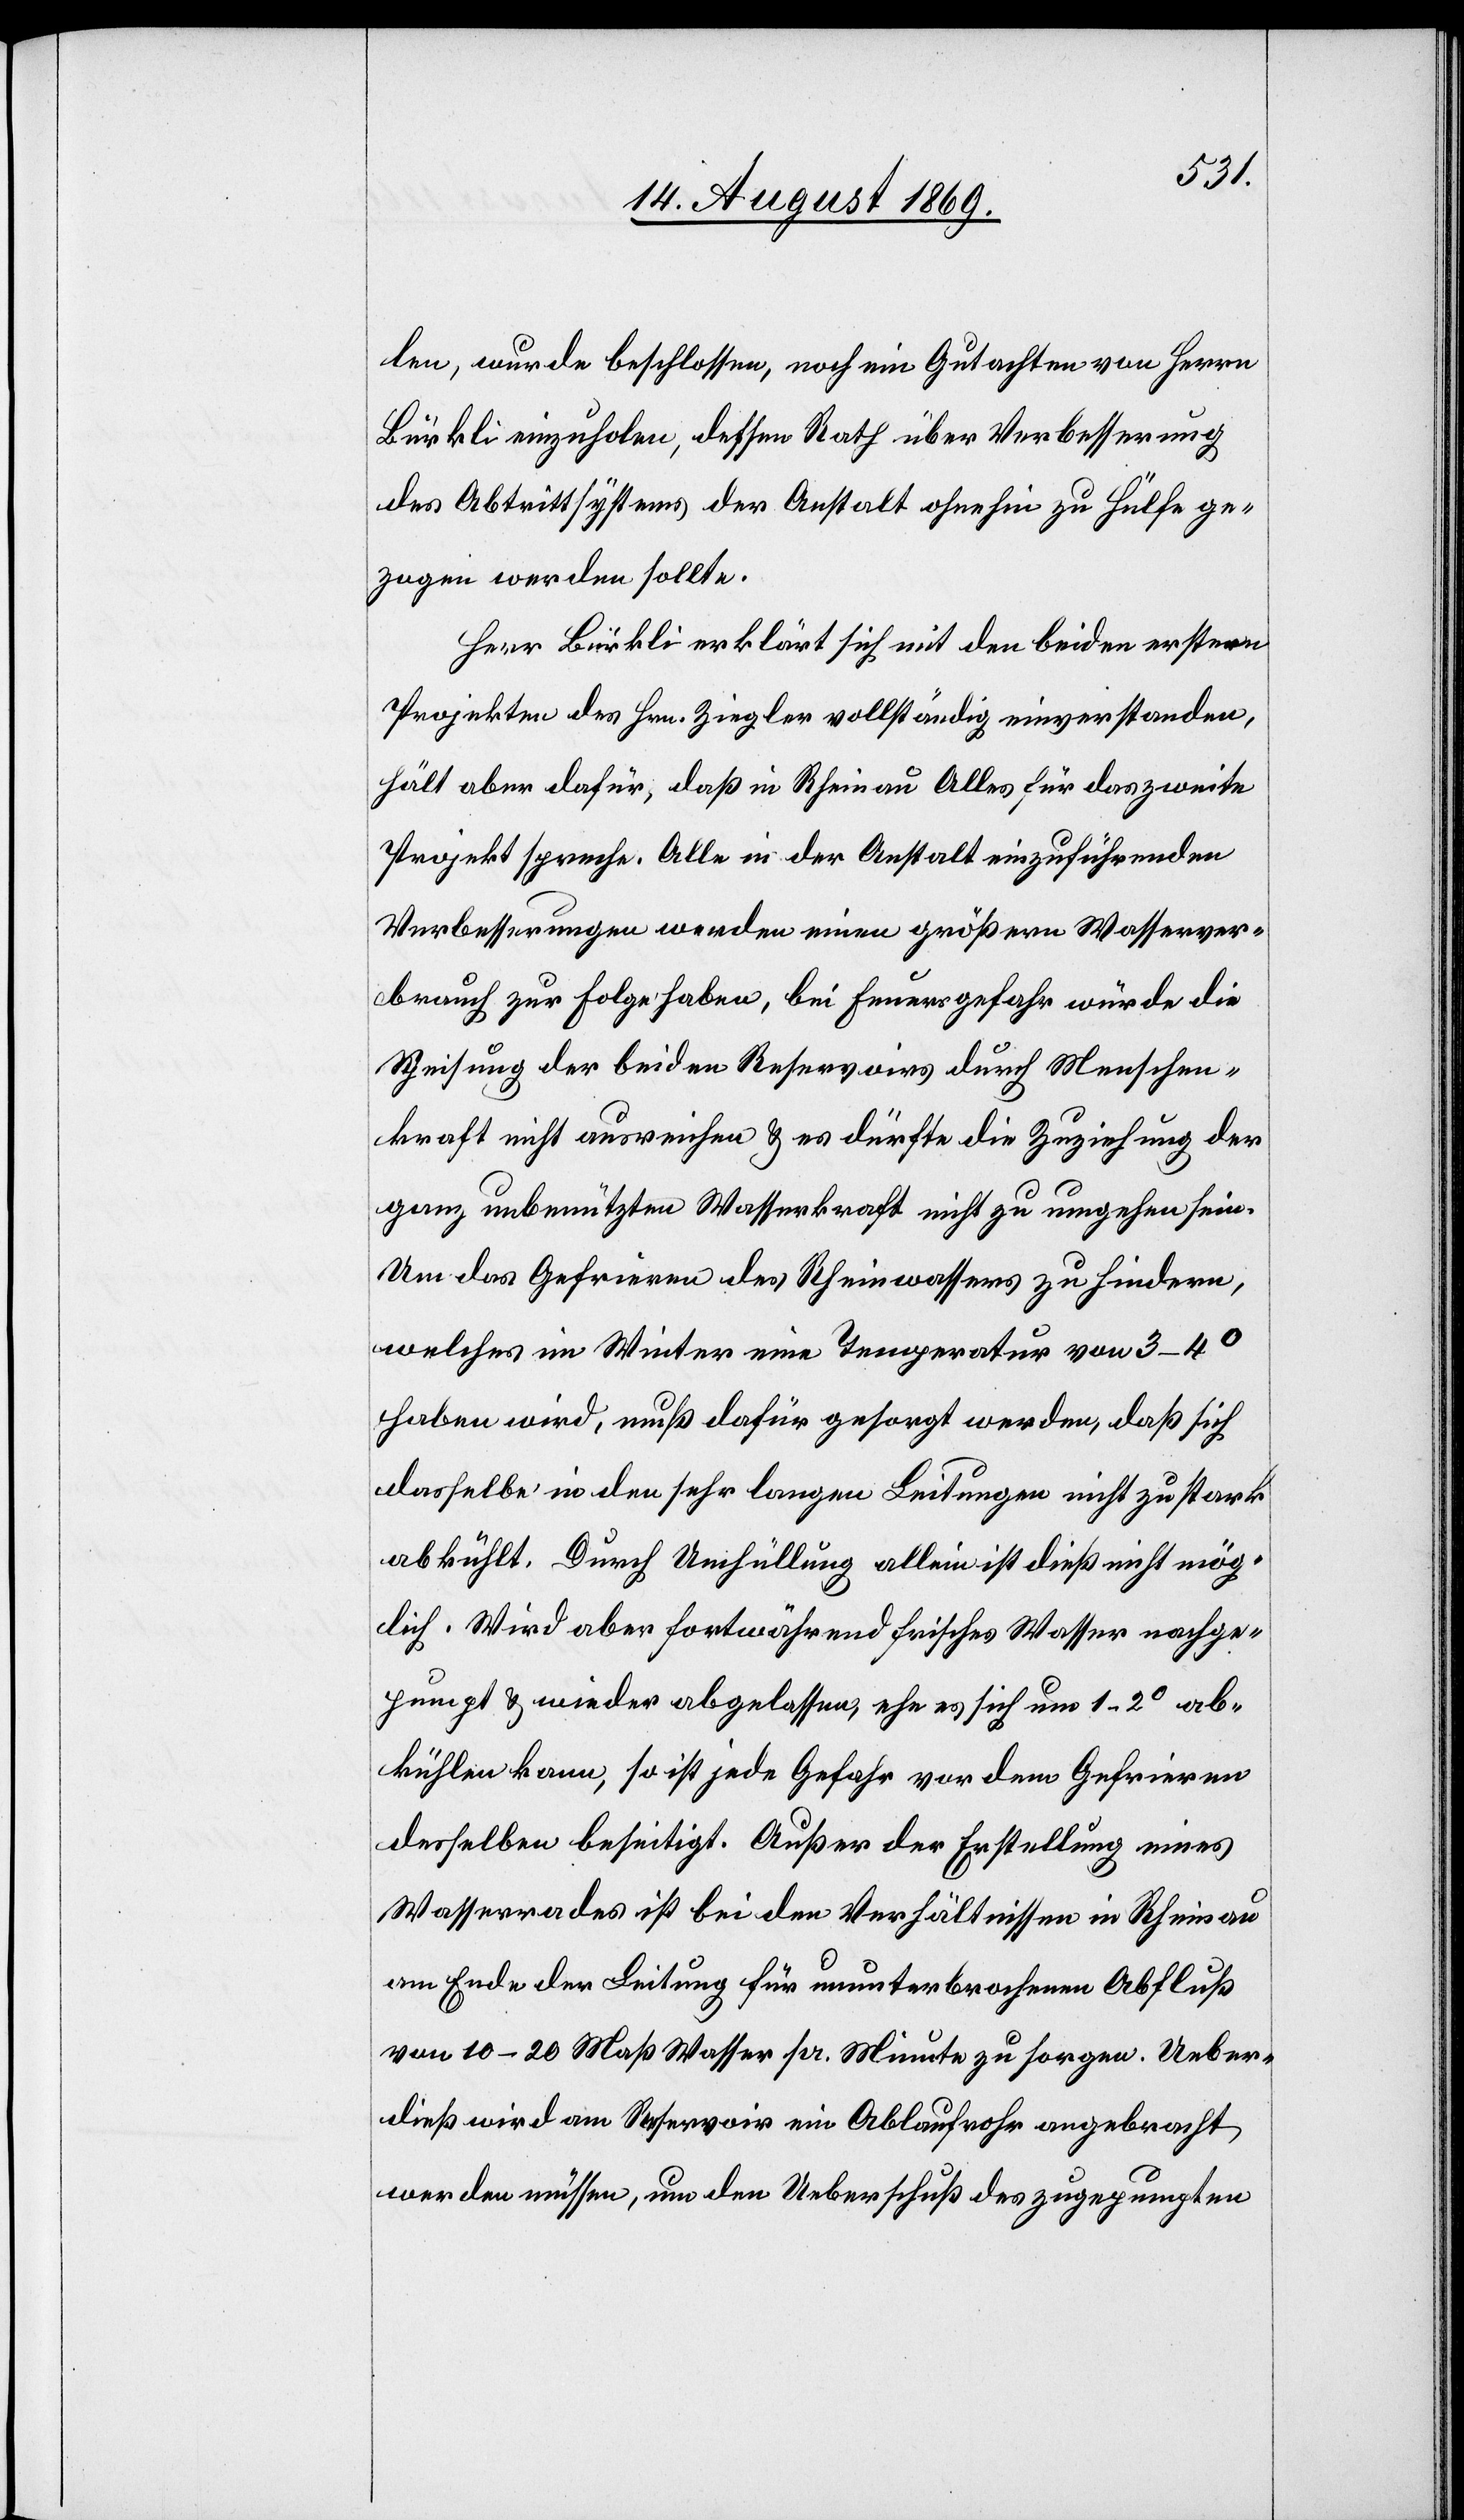
len, wurde beschlossen, noch ein Gutachten von Herrn
Bürkli einzuholen, dessen Rath über Verbesserung
des Abtrittsystems der Anstalt ohnehin zu Hülfe ge¬
zogen werden sollte.
Herr Bürkli erklärt sich mit den beiden erstern
Projekten des Hrn. Ziegler vollständig einverstanden,
hält aber dafür, daß in Rheinau Alles für das zweite
Projekt spreche. Alle in der Anstalt einzuführenden
Verbesserungen werden einen größern Wasserver¬
brauch zur Folge haben, bei Feuersgefahr würde die
Speisung der beiden Reservoirs durch Menschen¬
kraft nicht ausreichen & es dürfte die Zuziehung der
ganz unbenützten Wasserkraft nicht zu umgehen sein.
Um das Gefrieren des Rheinwassers zu hindern,
welches im Winter eine Temperatur von 3–4°
haben wird, muß dafür gesorgt werden, daß sich
dasselbe in den sehr langen Leitungen nicht zu stark
abkühlt. Durch Umhüllung allein ist dieß nicht mög¬
lich. Wird aber fortwährend frisches Wasser nachge¬
pumpt & wieder abgelassen, ehe es sich um 1–2° ab¬
kühlen kann, so ist jede Gefahr vor dem Gefrieren
desselben beseitigt. Außer der Erstellung eines
Wasserrades ist bei den Verhältnissen in Rheinau
am Ende der Leitung für ununterbrochenen Abfluß
von 10–20 Maß Wasser pr. Minute zu sorgen. Ueber¬
dieß wird am Reservoir ein Ablaufrohr angebracht
werden müssen, um den Ueberschuß des zugepumpten